Report on vaccination in the Province of Bengal - 1874-1889
Year: 1874
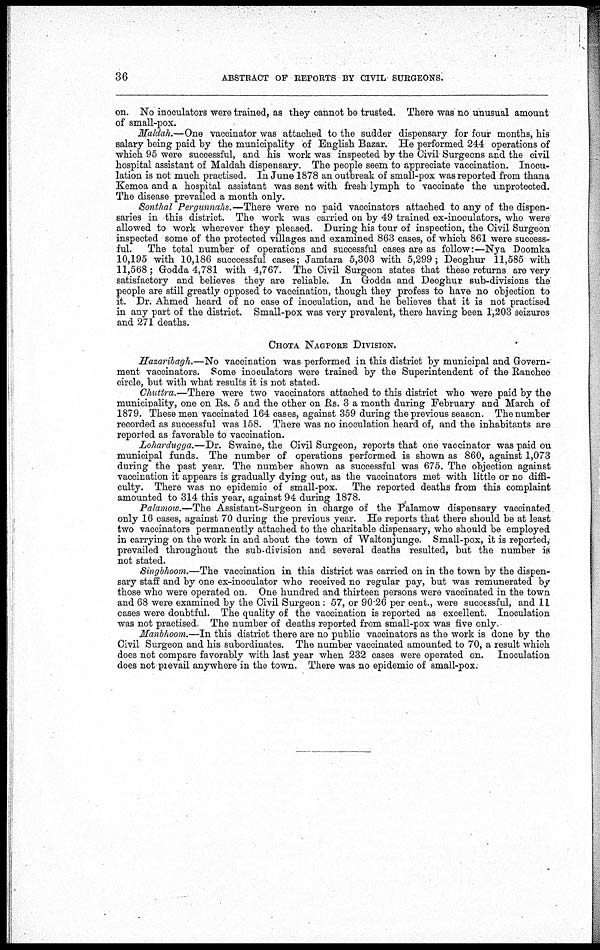
36
ABSTRACT OF REPORTS BY CIVIL SURGEONS.
on. No inoculators were trained, as they cannot be trusted. There was no unusual amount
of small-pox.
Maldah.—One vaccinator was attached to the sudder dispensary for four months, his
salary being paid by the municipality of English Bazar. He performed 244 operations of
which 95 were successful, and his work was inspected by the Civil Surgeons and the civil
hospital assistant of Maldah dispensary. The people seem to appreciate vaccination. Inocu-
lation is not much practised. In June 1878 an outbreak of small-pox was reported from thana
Kemoa and a hospital assistant was sent with fresh lymph to vaccinate the unprotected.
The disease prevailed a month only.
Sonthal Pergunnahs.—There were no paid vaccinators attached to any of the dispen-
saries in this district. The work was carried on by 49 trained ex-inoculators, who were
allowed to work wherever they pleased. During his tour of inspection, the Civil Surgeon
inspected some of the protected villages and examined 863 cases, of which 861 were success-
ful. The total number of operations and successful cases are as follow:—Nya Doomka
10,195 with 10,186 succcessful cases; Jamtara 5,303 with 5,299 ; Deoghur 11,585 with
11,568; Godda 4,781 with 4,767. The Civil Surgeon states that these returns are very
satisfactory and believes they are reliable. In Godda and Deoghur sub-divisions the
people are still greatly opposed to vaccination, though they profess to have no objection to
it. Dr. Ahmed heard of no case of inoculation, and he believes that it is not practised
in any part of the district. Small-pox was very prevalent, there having been 1,203 seizures
and 271 deaths.
CHOTA NAGPORE DIVISION.
Hasaribagh.—No vaccination was performed in this district by municipal and Govern-
ment vaccinators. Some inoculators were trained by the Superintendent of the Ranchee
circle, but with what results it is not stated.
Chuttra.—There were two vaccinators attached to this district who were paid by the
municipality, one on Rs. 5 and the other on Rs. 3 a month during February and March of
1879. These men vaccinated 164 cases, against 359 during the previous season. The number
recorded as successful was 158. There was no inoculation heard of, and the inhabitants are
reported as favorable to vaccination.
Lohardugga.—Dr. Swaine, the Civil Surgeon, reports that one vaccinator was paid on
municipal funds. The number of operations performed is shown as 860, against 1,073
during the past year. The number shown as successful was 675. The objection against
vaccination it appears is gradually dying out, as the vaccinators met with little or no diffi-
culty. There was no epidemic of small-pox. The reported deaths from this complaint
amounted to 314 this year, against 94 during 1878.
Palamow.—The Assistant-Surgeon in charge of the Palamow dispensary vaccinated
only 16 cases, against 70 during the previous year. He reports that there should be at least
two vaccinators permanently attached to the charitable dispensary, who should be employed
in carrying on the work in and about the town of Waltonjunge. Small-pox, it is reported,
prevailed throughout the sub-division and several deaths resulted, but the number is
not stated.
Singbhoom.—The vaccination in this district was carried on in the town by the dispen-
sary staff and by one ex-inoculator who received no regular pay, but was remunerated by
those who were operated on. One hundred and thirteen persons were vaccinated in the town
and 68 were examined by the Civil Surgeon: 57, or 90.26 per cent., were successful, and 11
cases were doubtful. The quality of the vaccination is reported as excellent. Inoculation
was not practised. The number of deaths reported from small-pox was five only.
Manbhoom.—In this district there are no public vaccinators as the work is done by the
Civil Surgeon and his subordinates. The number vaccinated amounted to 70, a result which
does not compare favorably with last year when 232 cases were operated on. Inoculation
does not prevail anywhere in the town. There was no epidemic of small-pox.